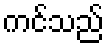
ကင်သည်